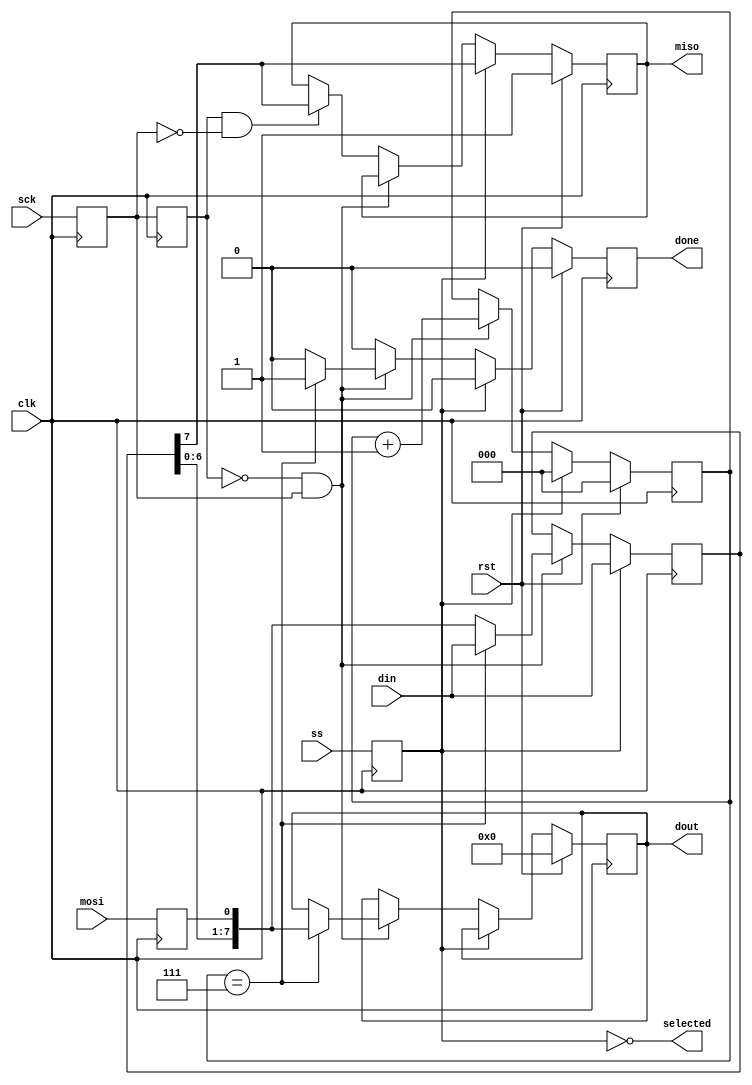
//
// LED Suit FPGA Implementation - Multi-output addressable LED driver HDL
// implementation for Kevin's LED suit controller.
// Copyright (C) 2019-2020 Kevin Balke
//
// This file is part of LED Suit FPGA Implementation.
//
// LED Suit FPGA Implementation is free software: you can redistribute it and/or
// modify
// it under the terms of the GNU General Public License as published by
// the Free Software Foundation, either version 3 of the License, or
// (at your option) any later version.
//
// LED Suit FPGA Implementation is distributed in the hope that it will be useful,
// but WITHOUT ANY WARRANTY; without even the implied warranty of
// MERCHANTABILITY or FITNESS FOR A PARTICULAR PURPOSE.  See the
// GNU General Public License for more details.
//
// You should have received a copy of the GNU General Public License
// along with LED Suit FPGA Implementation.  If not, see
// <http://www.gnu.org/licenses/>.
//

module spi_slave(
    input clk,
    input rst,
    input ss,
    input mosi,
    output miso,
    input sck,
    output done,
    input [7:0] din,
    output [7:0] dout,
    output selected
  );

  reg mosi_d, mosi_q;
  reg ss_d, ss_q;
  reg sck_d, sck_q;
  reg sck_old_d, sck_old_q;
  reg [7:0] data_d, data_q;
  reg done_d, done_q;
  reg [2:0] bit_ct_d, bit_ct_q;
  reg [7:0] dout_d, dout_q;
  reg miso_d, miso_q;

  assign miso = miso_q;
  assign done = done_q;
  assign dout = dout_q;
  assign selected = ~ss_q;

  always @(*) begin
    ss_d = ss;
    mosi_d = mosi;
    miso_d = miso_q;
    sck_d = sck;
    sck_old_d = sck_q;
    data_d = data_q;
    done_d = 1'b0;
    bit_ct_d = bit_ct_q;
    dout_d = dout_q;

    if (ss_q) begin                           // if slave select is high (deselcted)
      bit_ct_d = 3'b0;                        // reset bit counter
      data_d = din;                           // read in data
      miso_d = data_q[7];                     // output MSB
    end else begin                            // else slave select is low (selected)
      if (!sck_old_q && sck_q) begin          // rising edge
        data_d = {data_q[6:0], mosi_q};       // read data in and shift
        bit_ct_d = bit_ct_q + 1'b1;           // increment the bit counter
        if (bit_ct_q == 3'b111) begin         // if we are on the last bit
          dout_d = {data_q[6:0], mosi_q};     // output the byte
          done_d = 1'b1;                      // set transfer done flag
          data_d = din;                       // read in new byte
        end
      end else if (sck_old_q && !sck_q) begin // falling edge
        miso_d = data_q[7];                   // output MSB
      end
    end
  end

  always @(posedge clk) begin
    if (rst) begin
      done_q <= 1'b0;
      bit_ct_q <= 3'b0;
      dout_q <= 8'b0;
      miso_q <= 1'b1;
    end else begin
      done_q <= done_d;
      bit_ct_q <= bit_ct_d;
      dout_q <= dout_d;
      miso_q <= miso_d;
    end

    sck_q <= sck_d;
    mosi_q <= mosi_d;
    ss_q <= ss_d;
    data_q <= data_d;
    sck_old_q <= sck_old_d;

  end

endmodule